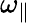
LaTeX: \omega_{\parallel}